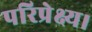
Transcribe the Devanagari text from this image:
परिप्रेक्ष्य।